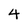
Character: 4